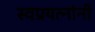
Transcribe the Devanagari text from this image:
स्वप्रयत्‍नांनी